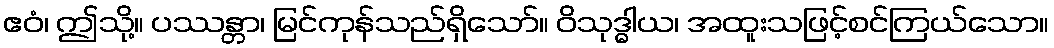
ဧဝံ၊ ဤသို့။ ပဿန္တာ၊ မြင်ကုန်သည်ရှိသော်။ ဝိသုဒ္ဓါယ၊ အထူးသဖြင့်စင်ကြယ်သော။